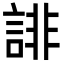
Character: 誹